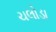
ચલોડા